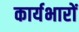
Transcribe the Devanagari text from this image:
कार्यभारों